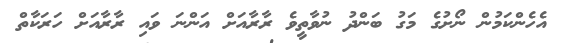
އެހެންކަމުން ނޯށުގެ މަގު ބަންދު ނުވާތީވެ ރާރާއަށް އަންނަ ވައި ރާރާއަށް ހަރަކާތް